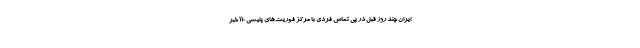
ایران چند روز قبل در پی تماس فردی با مرکز فوریت‌های پلیسی ۱۱۰ خبر